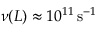
\nu ( L ) \approx 1 0 ^ { 1 1 } \, \mathrm { s } ^ { - 1 }